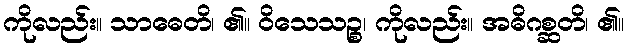
ကိုလည်း။ သာဓေတိ၊ ၏။ ဝိသေသဉ္စ၊ ကိုလည်း။ အဓိဂစ္ဆတိ၊ ၏။